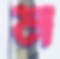
ম